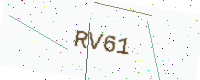
Text: RV61